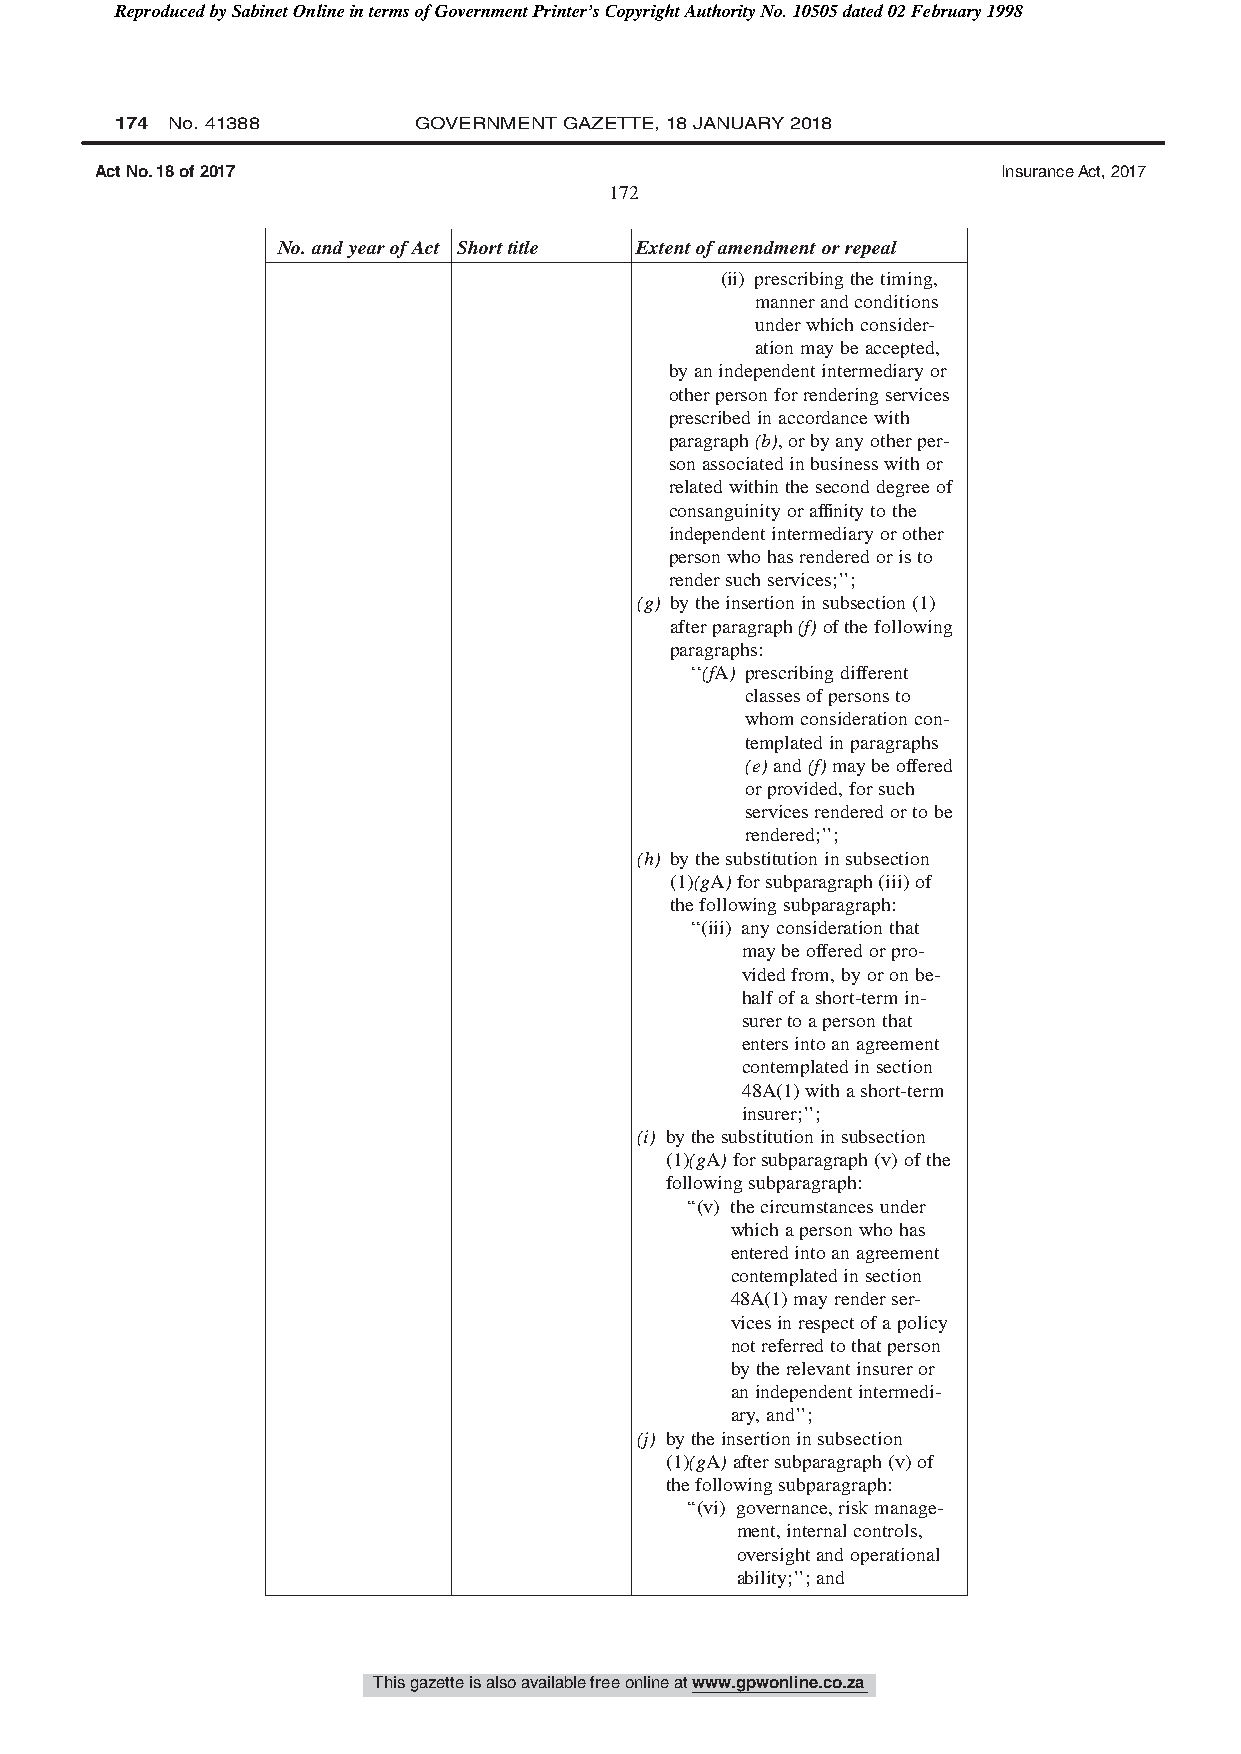
Reproduced by Sabinet Online in terms of Government Printer’s Copyright Authority No. 10505 dated 02 February 1998
 174 No. 41388      GOVERNMENT GAZETTE, 18 JANUARY 2018
 Act No. 18 of 2017                                          Insurance Act, 2017
 172
 No.andyearofAct Shorttitle Extentofamendmentorrepeal
 (ii) prescribingthetiming,
 mannerandconditions
 underwhichconsider-
 ationmaybeaccepted,
 byanindependentintermediaryor
 otherpersonforrenderingservices
 prescribedinaccordancewith
 paragraph(b),orbyanyotherper-
 sonassociatedinbusinesswithor
 relatedwithintheseconddegreeof
 consanguinityoraffinitytothe
 independentintermediaryorother
 personwhohasrenderedoristo
 rendersuchservices;’’;
 (g) bytheinsertioninsubsection(1)
 afterparagraph(f)ofthefollowing
 paragraphs:
 ‘‘(fA) prescribingdifferent
 classesofpersonsto
 whomconsiderationcon-
 templatedinparagraphs
 (e)and(f)maybeoffered
 orprovided,forsuch
 servicesrenderedortobe
 rendered;’’;
 (h) bythesubstitutioninsubsection
 (1)(gA)forsubparagraph(iii)of
 thefollowingsubparagraph:
 ‘‘(iii) anyconsiderationthat
 maybeofferedorpro-
 videdfrom,byoronbe-
 halfofashort-termin-
 surertoapersonthat
 entersintoanagreement
 contemplatedinsection
 48A(1)withashort-term
 insurer;’’;
 (i) bythesubstitutioninsubsection
 (1)(gA)forsubparagraph(v)ofthe
 followingsubparagraph:
 ‘‘(v) thecircumstancesunder
 whichapersonwhohas
 enteredintoanagreement
 contemplatedinsection
 48A(1)mayrenderser-
 vicesinrespectofapolicy
 notreferredtothatperson
 bytherelevantinsureror
 anindependentintermedi-
 ary,and’’;
 (j) bytheinsertioninsubsection
 (1)(gA)aftersubparagraph(v)of
 thefollowingsubparagraph:
 ‘‘(vi) governance,riskmanage-
 ment,internalcontrols,
 oversightandoperational
 ability;’’;and
 This gazette is also available free online at www.gpwonline.co.za